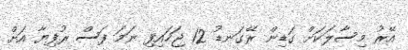
އޭރު މިސާލަކަށް ގަޑިން ރޭގަނޑު 12 ޖަހައިފި ނަމަ ފަސް ރުފިޔާ އަށް